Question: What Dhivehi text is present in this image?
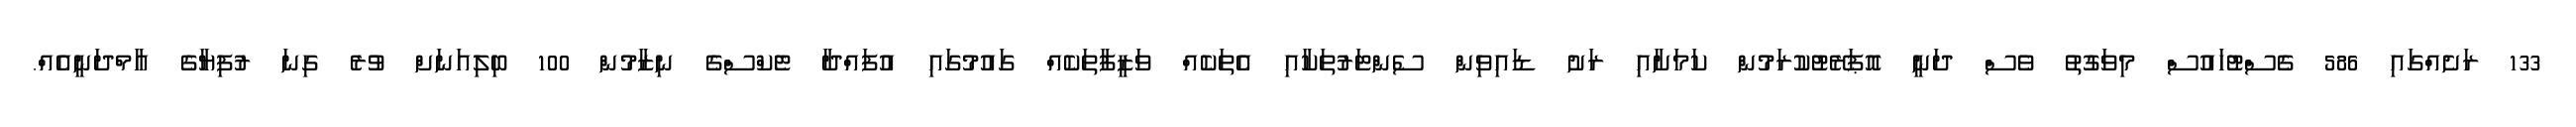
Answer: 133 ރަށެއްގައި 586 ގެސްޓުހައުސް މިވަގުތު ވެސް ދަނީ އޮޕަރޭޓުކުރަމުން ކަމަށާއި ރަށު ޑައިވިން ސެންޓަރުތަކާއި އެތަކެއް ވަޒީފާތަކެއް ގައުމުގައި އުފައްދާ ޓެކްސްގެ ނިޒާމުން 100 ބިލިއަނަށް ވުރެ ގިނަ ރުފިޔާގެ އާމްދަނީއެއް.